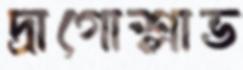
দ্রাগোশ্লাভ